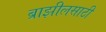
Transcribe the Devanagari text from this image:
ब्राझीलसाठी